Supplement to the account of plague administration in the Bombay Presidency from September 1896 till May 1897
Year: 1896
Disease focus: Plague
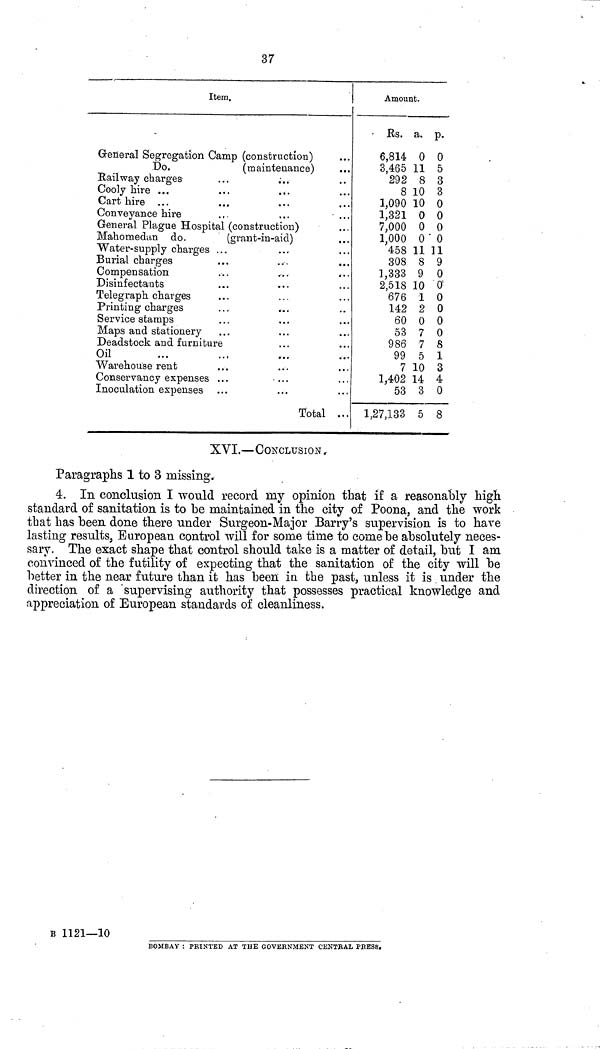
37
Item.
General Segregation Camp (construction)
Do.
(maintenance)
Kail way charges ... ...
Cooly hire ... ... ...
Cart hire ... ... ...
Conveyance hire ... ...
General Plague Hospital (construct on)
Mahomedan do.
(grant-in-aid)
Water-supply charges ... ...
Burial charges ... ...
Compensation ... ...
Disinfectants ... ...
Telegraph charges ... ...
Printing charges ... ...
Service stamps ... ...
Maps and stationery ... ...
Deadstock and furniture ... ...
Oil ... ... ...
Warehouse rent ... ...
Conservancy expenses ...
...
Inoculation expenses ... ...
Total
...
...
...
...
...
...
...
...
...
...
...
Amount.
Rs.
6,814
3,465
292
8
1,090
1,321
7,000
1,000
458
308
1,333
2,518
676
142
60
53
986
99
7
1,402
53
1,27,133
a.
0
11
8
10
10
0
0
0
11
8
9
10
1
2
0
7
7
5
10
14
3
5
Ρ·
0
5
3
3
0
0
0
0
11
9
0
0
0
0
0
0
8
l
3
4
0
8
XVI.—CONCLUSION
Paragraphs 1 to 3 missing.
4. In conclusion I would record my opinion that if a reasonably high
standard of sanitation is to be maintained in the city of Poona, and the work
that has been done there under Surgeon-Major Barry's supervision is to have
lasting results, European control will for some time to come be absolutely neces-
sary. The exact shape that control should take is a matter of detail, but I am
convinced of the futility of expecting that the sanitation of the city will be
better in the near future than it has been in the past, unless it is under the
direction of a 'supervising authority that possesses practical knowledge and
appreciation of European standards of cleanliness.
B 1121—10
BOMBAY : PRINTED AT THE GOVERNMENT CENTRAL PRESS.